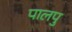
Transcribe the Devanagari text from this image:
पालपु